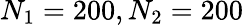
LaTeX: N_{1}=200,N_{2}=200